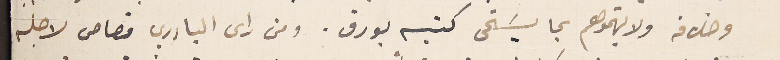
وخلافه ولا يتهموهم بما يسَتحى كنيسه بورق. ومن راى البادري قصاص لاجله